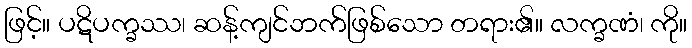
ဖြင့်။ ပဋိပက္ခဿ၊ ဆန့်ကျင်ဘက်ဖြစ်သော တရား၏။ လက္ခဏံ၊ ကို။